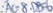
: A C = 8 . 0 8 = 6